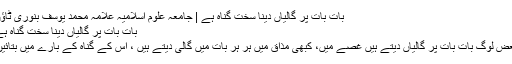
بات بات پر گالیاں دینا سخت گناہ ہے | جامعہ علوم اسلامیہ علامہ محمد یوسف بنوری ٹاؤن
بات بات پر گالیاں دینا سخت گناہ ہے
بعض لوگ بات بات پر گالیاں دیتے ہیں غصے میں، کبھی مذاق میں ہر ہر بات میں گالی دیتے ہیں ، اس کے گناہ کے بارے میں بتائیں۔